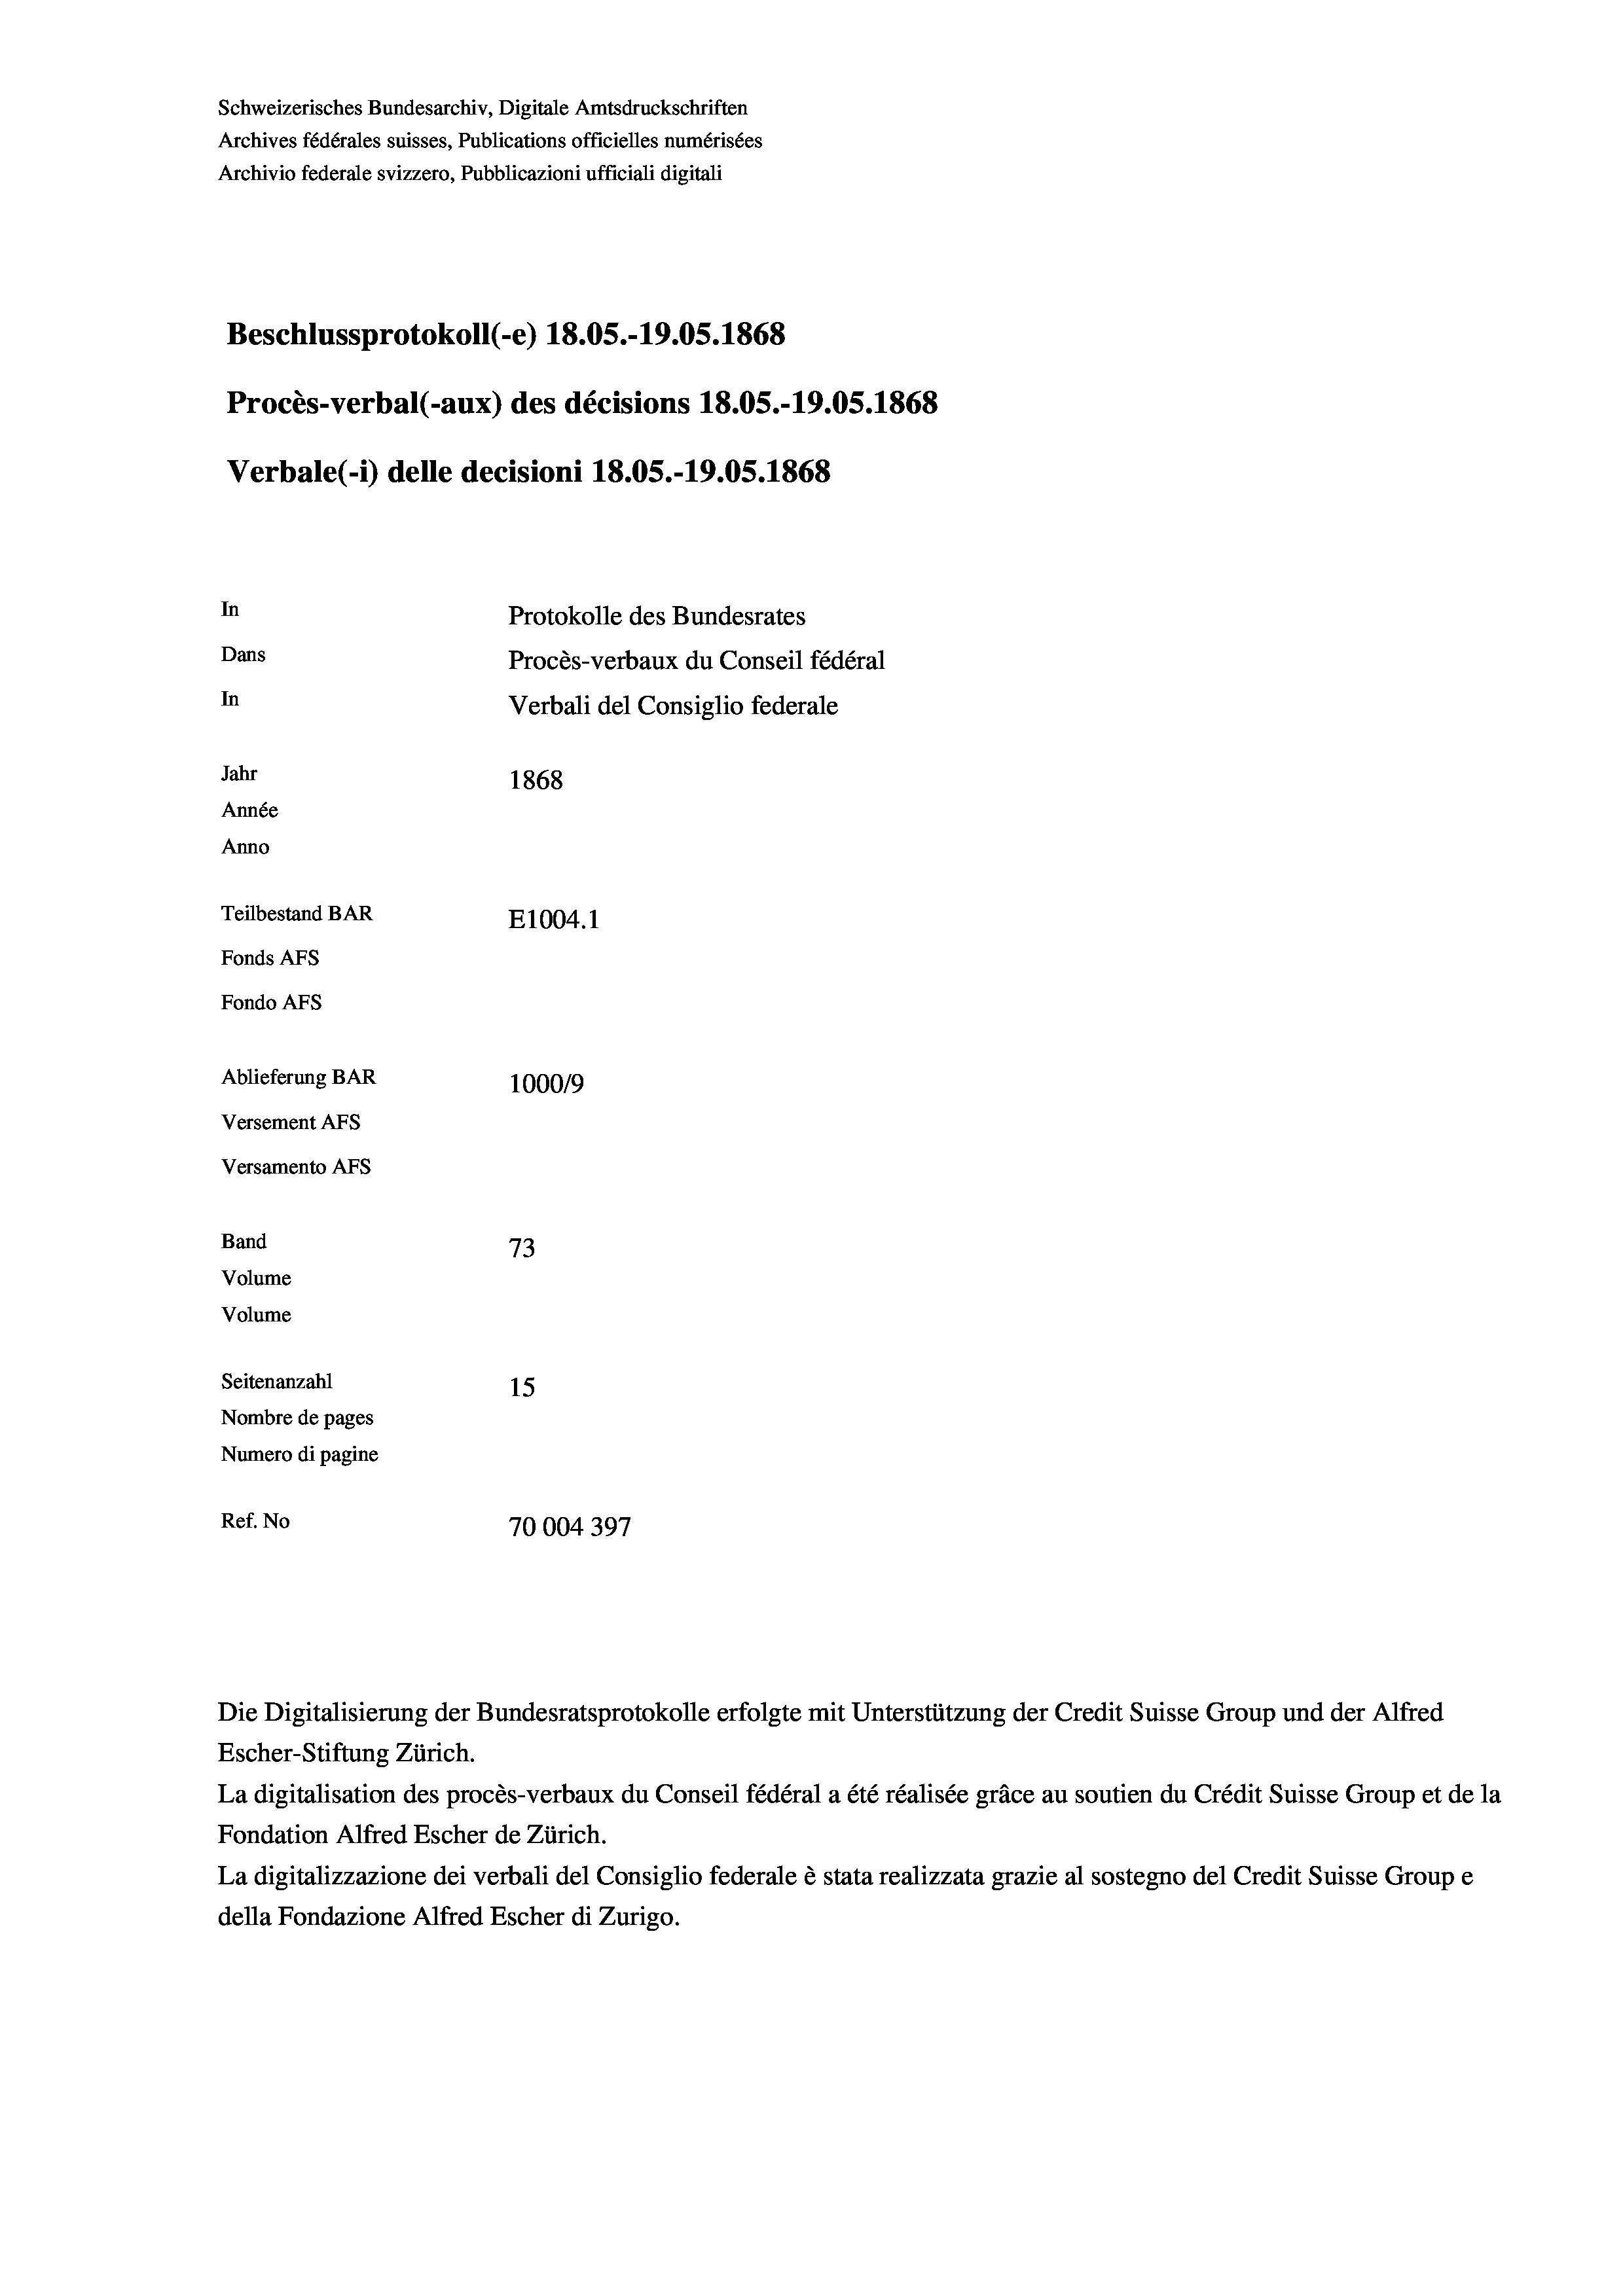
Schweizerisches Bundesarchiv, Digitale Amtsdruckschriften
Archives fédérales suisses, Publications officielles numérisées
Archivio federale svizzero, Pubblicazioni ufficiali digitali
Beschlussprotokoll (-e) 18.05.-19.05. 1868
Procès-verbal (-aux) des décisions 18.05.-19.05. 1868
Verbale (1) delle decisioni 18.05.-19.05. 1868
In
Protokolle des Bundesrates
Dans
Procès-verbaux du Conseil fédéral
In
Verbali del Consiglio federale
Jahr
1868
Année
Anno
Teilbestand BAR
E1004. 1
Fonds AFs
Fondo Afs
Ablieferung BAR
100019
Versement AFs
Versamento AFs
Band
73
Volume
Volume
Seitenanzahl
15
Nombre de pages
Numero di pagine
Ref. No
70004397

Escher-Stiftung Zürich.
La digitalisation des procès-verbaux du Conseil fédéral a été réalisée gräce au soutien du Crédit Suisse Group et de la
Fondation Alfred Escher de Zürich.
La digitalizzazione dei verbali del Consiglio federale è stata realizzata grazie al sostegno del Credit Suisse Groupe
della Fondazione Alfred Escher di Zurigo.

Die Digitalisierung der Bundesratsprotokolle erfolgte mit Unterstützung der Credit Suisse Group und der Alfred